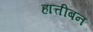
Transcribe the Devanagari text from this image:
हात्तीबन